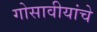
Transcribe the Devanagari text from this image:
गोसावीयांचे